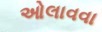
ઓલાવવા